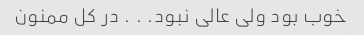
خوب بود ولی عالی نبود. ‌. ‌. در کل ممنون